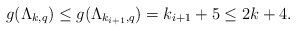
\begin{align*} g(\Lambda_{k,q})\leq g(\Lambda_{k_{i+1},q})=k_{i+1}+5\leq 2k+4. \end{align*}